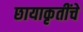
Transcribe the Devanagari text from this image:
छायाकृतींचे